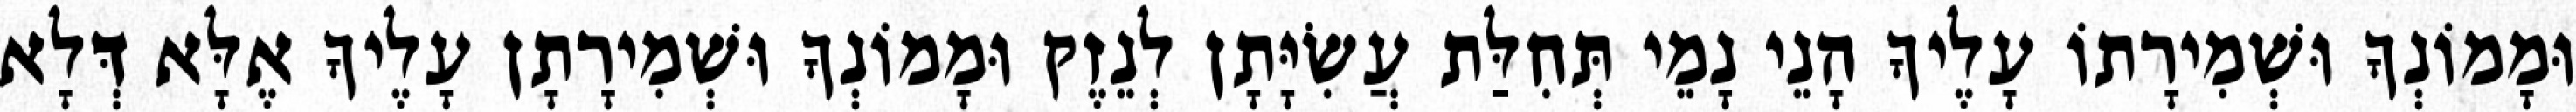
וּמָמוֹנְךָ וּשְׁמִירָתוֹ עָלֶיךָ הָנֵי נָמֵי תְּחִלַּת עֲשִׂיָּתָן לְנֵזֶק וּמָמוֹנְךָ וּשְׁמִירָתָן עָלֶיךָ אֶלָּא דְּלָא